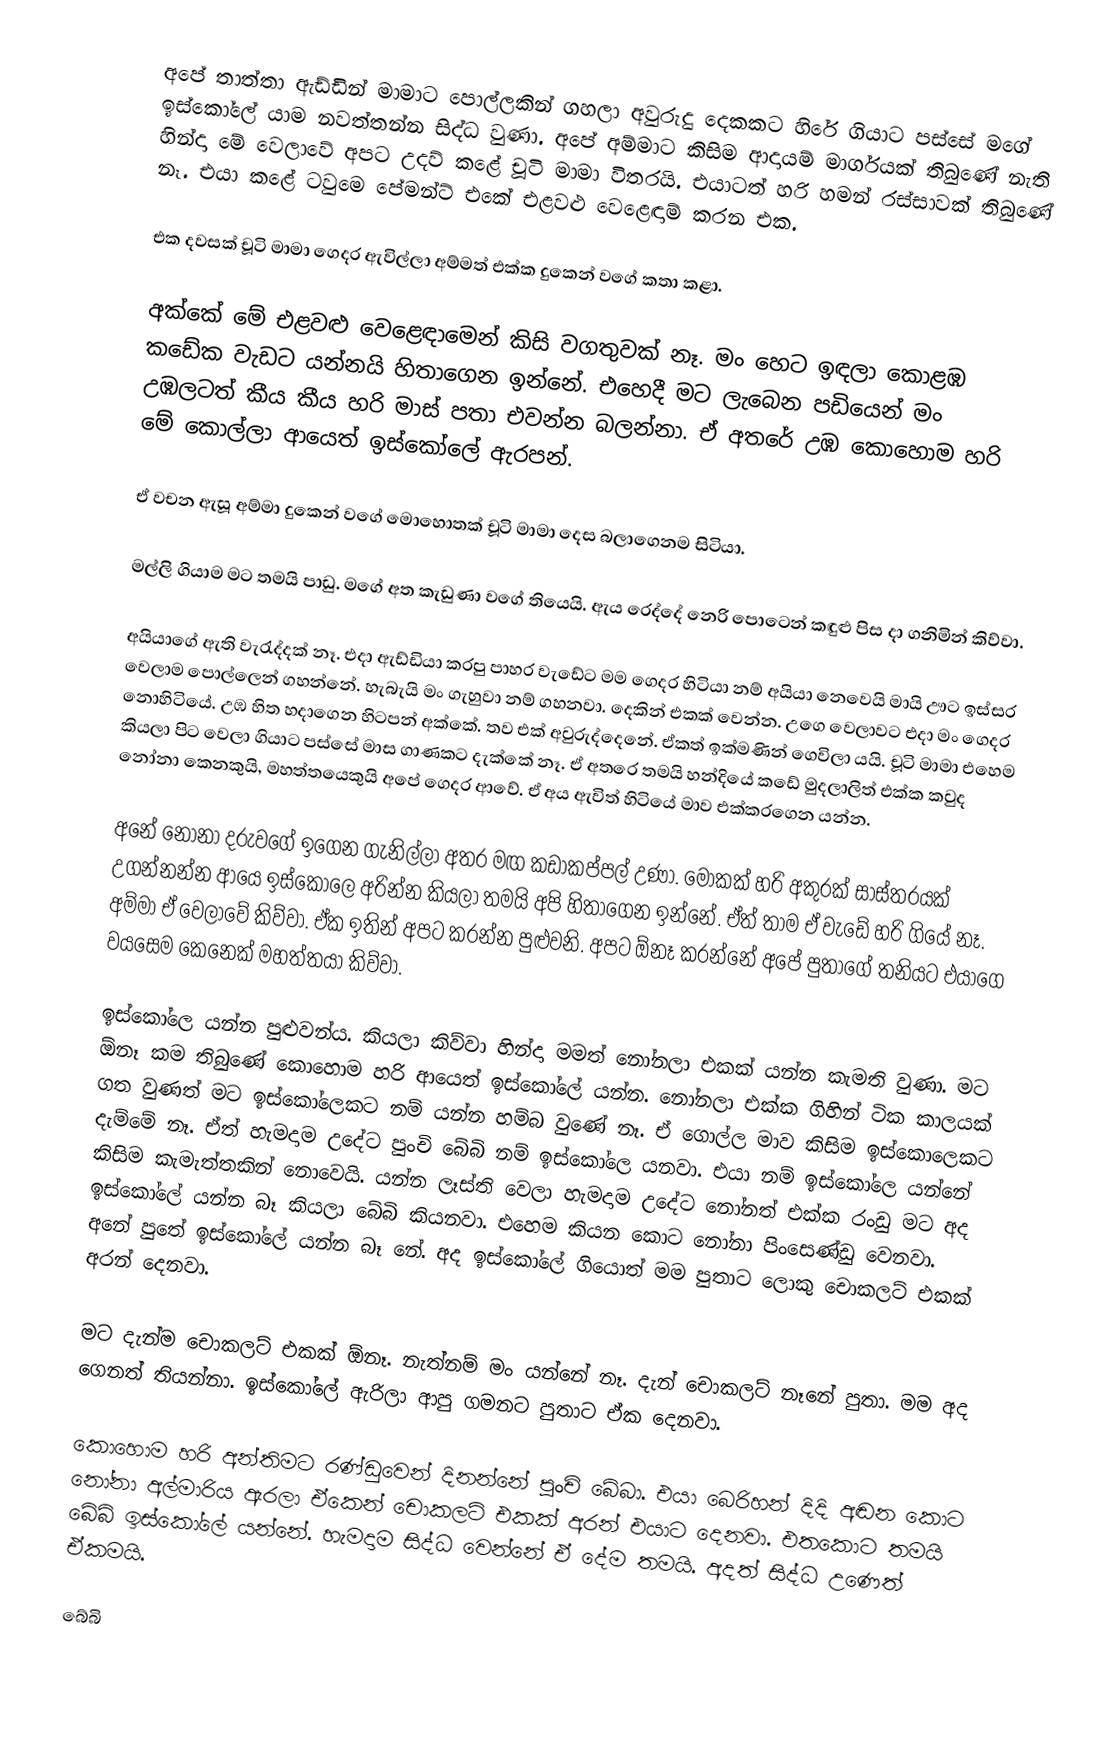
අපේ තාත්තා ඇඩ්ඩින් මාමාට පොල්ලකින් ගහලා අවුරුදු දෙකකට හිරේ ගියාට පස්සේ මගේ ඉස්කෝලේ යාම නවත්තන්න සිද්ධ වුණා. අපේ අම්මාට කිසිම ආදායම් මාර්ගයක් තිබුණේ නැති හින්දා මේ වෙලාවේ අපට උදව් කළේ චූටි මාමා විතරයි. එයාටත් හරි හමන් රස්සාවක් තිබුණේ නෑ. එයා කළේ ටවුමෙ පේමන්ට් එකේ එළවළු වෙළෙඳාම් කරන එක.   

එක දවසක් චූටි මාමා ගෙදර ඇවිල්ලා අම්මත් එක්ක දුකෙන් වගේ කතා කළා.   

අක්කේ මේ එළවළු වෙළෙඳාමෙන් කිසි වගතුවක් නෑ. මං හෙට ඉඳලා කොළඹ කඩේක වැඩට යන්නයි හිතාගෙන ඉන්නේ. එහෙදී මට ලැබෙන පඩියෙන් මං උඹලටත් කීය කීය හරි මාස් පතා එවන්න බලන්නා. ඒ අතරේ උඹ කොහොම හරි මේ කොල්ලා ආයෙත් ඉස්කෝලේ ඇරපන්.   

ඒ වචන ඇසූ අම්මා දුකෙන් වගේ මොහොතක් චූටි මාමා දෙස බලාගෙනම සිටියා.   

මල්ලි ගියාම මට තමයි පාඩු. මගේ අත කැඩුණා වගේ තියෙයි. ඇය රෙද්දේ නෙරි පොටෙන් කඳුළු පිස දා ගනිමින් කිව්වා.   

අයියාගේ ඇති වැරැද්දක් නෑ. එදා ඇඩ්ඩියා කරපු පාහර වැඩේට මම ගෙදර හිටියා නම් අයියා නෙවෙයි මායි ඌට ඉස්සර වෙලාම පොල්ලෙන් ගහන්නේ. හැබැයි මං ගැහුවා නම් ගහනවා. දෙකින් එකක් වෙන්න. උගෙ වෙලාවට එදා මං ගෙදර නොහිටියේ. උඹ හිත හදාගෙන හිටපන් අක්කේ. තව එක් අවුරුද්දෙනේ. ඒකත් ඉක්මණින් ගෙවිලා යයි. චූටි මාමා එහෙම කියලා පිට වෙලා ගියාට පස්සේ මාස ගාණකට දැක්කේ නෑ. ඒ අතරෙ තමයි හන්දියේ කඩේ මුදලාලිත් එක්ක කවුද නෝනා කෙනකුයි, මහත්තයෙකුයි අපේ ගෙදර ආවේ. ඒ අය ඇවිත් හිටියේ මාව එක්කරගෙන යන්න.   

අනේ නෝනා දරුවගේ ඉගෙන ගැනිල්ලා අතර මඟ කඩාකප්පල් උණා. මොකක් හරි අකුරක් සාස්තරයක් උගන්නන්න ආයෙ ඉස්කෝලෙ අරින්න කියලා තමයි අපි හිතාගෙන ඉන්නේ. ඒත් තාම ඒ වැඩේ හරි ගියේ නෑ. අම්මා ඒ වෙලාවේ කිව්වා. ඒක ඉතින් අපට කරන්න පුළුවනි. අපට ඕනෑ කරන්නේ අපේ පුතාගේ තනියට එයාගෙ වයසෙම කෙනෙක් මහත්තයා කිව්වා.  

ඉස්කෝලෙ යන්න පුළුවන්ය. කියලා කිව්වා හින්දා මමත් නෝනලා එකක් යන්න කැමති වුණා. මට ඕනෑ කම තිබුණේ කොහොම හරි ආයෙත් ඉස්කෝලේ යන්න. නෝනලා එක්ක ගිහින් ටික කාලයක් ගත වුණත් මට ඉස්කෝලෙකට නම් යන්න හම්බ වුණේ නෑ. ඒ ගොල්ල මාව කිසිම ඉස්කොලෙකට දැම්මේ නෑ. ඒත් හැමදාම උදේට පුංචි බේබි නම් ඉස්කෝලෙ යනවා. එයා නම් ඉස්කෝලෙ යන්නේ කිසිම කැමැත්තකින් නොවෙයි. යන්න ලෑස්ති වෙලා හැමදාම උදේට නෝනත් එක්ක රංඩු මට අද ඉස්කෝලේ යන්න බෑ කියලා බේබි කියනවා. එහෙම කියන කොට නෝනා පිංසෙණ්ඩු වෙනවා. අනේ පුතේ ඉස්කෝලේ යන්න බෑ නේ. අද ඉස්කෝලේ ගියොත් මම පුතාට ​ලොකු චොකලට් එකක් අරන් දෙනවා.   

මට දැන්ම ​චොකලට් එකක් ඕනෑ. නැත්නම් මං යන්නේ නෑ. දැන් චොකලට් නෑනේ පුතා. මම අද ගෙනත් තියන්නා. ඉස්කෝලේ ඇරිලා ආපු ගමනට පුතාට ඒක දෙනවා.   

කොහොම හරි අන්තිමට රණ්ඩුවෙන් දිනන්නේ පුංචි බේබා. එයා බෙරිහන් දිදි අඬන කොට ​නෝනා අල්මාරිය ඇරලා ඒකෙන් චොකලට් එකක් අරන් එයාට දෙනවා. එතකොට තමයි බේබි ඉස්කෝලේ යන්නේ. හැමදාම සිද්ධ වෙන්නේ ඒ දේම තමයි. අදත් සිද්ධ උණෙත් ඒකමයි.   

බේබි